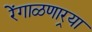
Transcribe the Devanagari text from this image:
रेंगाळणार्‍या